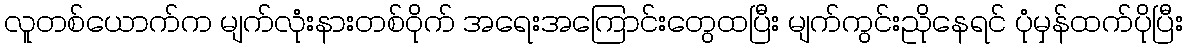
လူတစ်ယောက်က မျက်လုံးနားတစ်ဝိုက် အရေးအကြောင်းတွေထပြီး မျက်ကွင်းညိုနေရင် ပုံမှန်ထက်ပိုပြီး